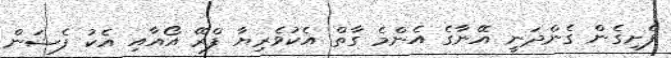
ފެށިގެން ގެންދަނީ އޭނާގެ އެންމެ ގާތް އެކުވެރިޔާ ފްރޭ އޯއާއި އެކު ފެޝަން